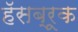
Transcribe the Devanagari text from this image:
हॅसब्रूक